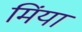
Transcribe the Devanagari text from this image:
मिंया